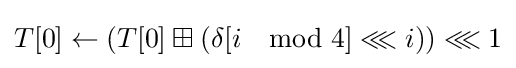
T[0]\leftarrow \left(T[0]\boxplus \left(\delta [i\mod 4]\lll i\right)\right)\lll 1